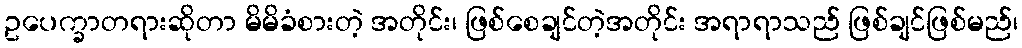
ဥပေက္ခာတရားဆိုတာ မိမိခံစားတဲ့ အတိုင်း၊ ဖြစ်စေချင်တဲ့အတိုင်း အရာရာသည် ဖြစ်ချင်ဖြစ်မည်၊